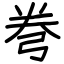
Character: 弮